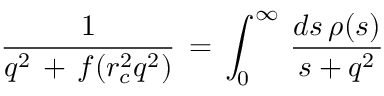
{ \frac { 1 } { q ^ { 2 } \, + \, f ( r _ { c } ^ { 2 } q ^ { 2 } ) } } \, = \, \int _ { 0 } ^ { \infty } \, { \frac { d s \, \rho ( s ) } { s + q ^ { 2 } } }